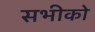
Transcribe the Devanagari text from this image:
सभीको